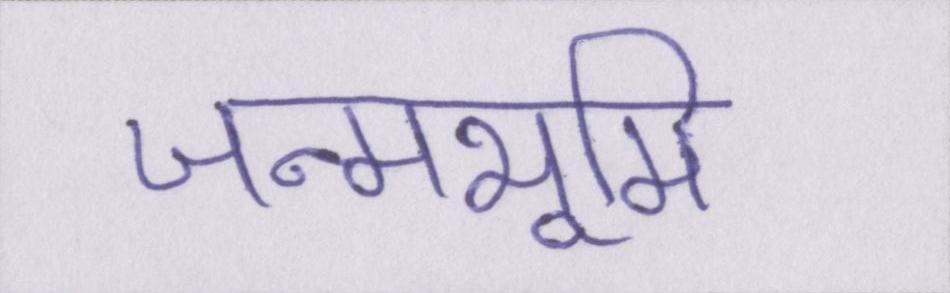
जन्मभूमि